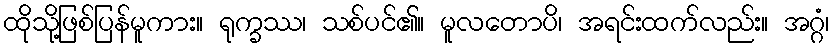
ထိုသို့ဖြစ်ပြန်မူကား။ ရုက္ခဿ၊ သစ်ပင်၏။ မူလတောပိ၊ အရင်းထက်လည်း။ အဂ္ဂံ၊